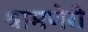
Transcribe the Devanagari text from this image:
श्रामणेरो